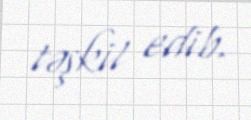
təşkil edib.